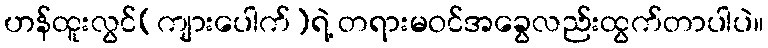
ဟန်ထူးလွင်(ကျားပေါက်)ရဲ့ တရားမဝင်အခွေလည်းထွက်တာပါပဲ။